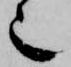
也